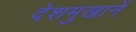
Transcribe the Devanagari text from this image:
देशमुखानें